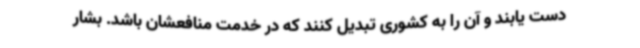
دست یابند و آن را به کشوری تبدیل کنند که در خدمت منافعشان باشد. بشار